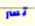
تسر